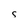
Character: s